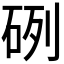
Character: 𥒂